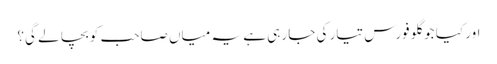
اور کیا جو گلو فورس تیار کی جا رہی ہے یہ میاں صاحب کو بچا لے گی؟